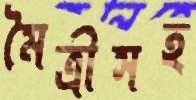
মৈত্রীসহ